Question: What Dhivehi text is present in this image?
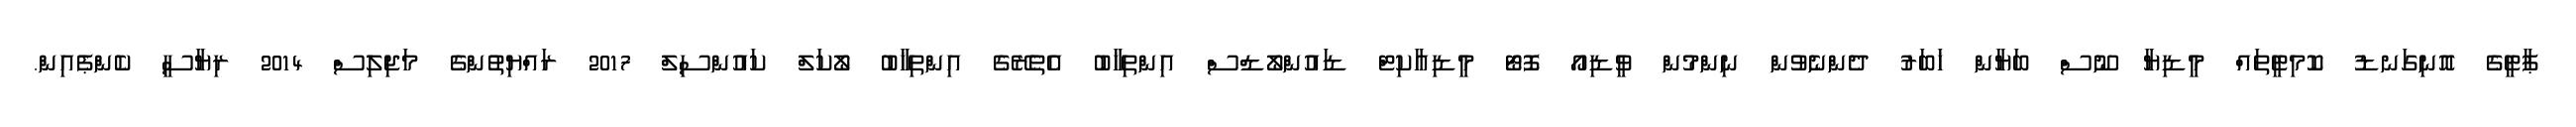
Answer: ޕާޓީގެ އޮނިގަނޑު ކޮމިޓީތައް މީޑިޔާ ނޫސް ބަޔާން ޚަބަރު ދެންނެވުން ނިންމުން ވީޑިއޯ ފޮޓޯ މީޑިއާކިޓް ޑައުންލޯޑްސް އިންތިޚާބު އެތެރޭގެ އިންތިޚާބު ލޯކަލް ކައުންސިލް 2017 ރައްޔިތުންގެ މަޖިލިސް 2014 ރިޔާސީ ކެންޕެއިން.